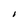
Character: I